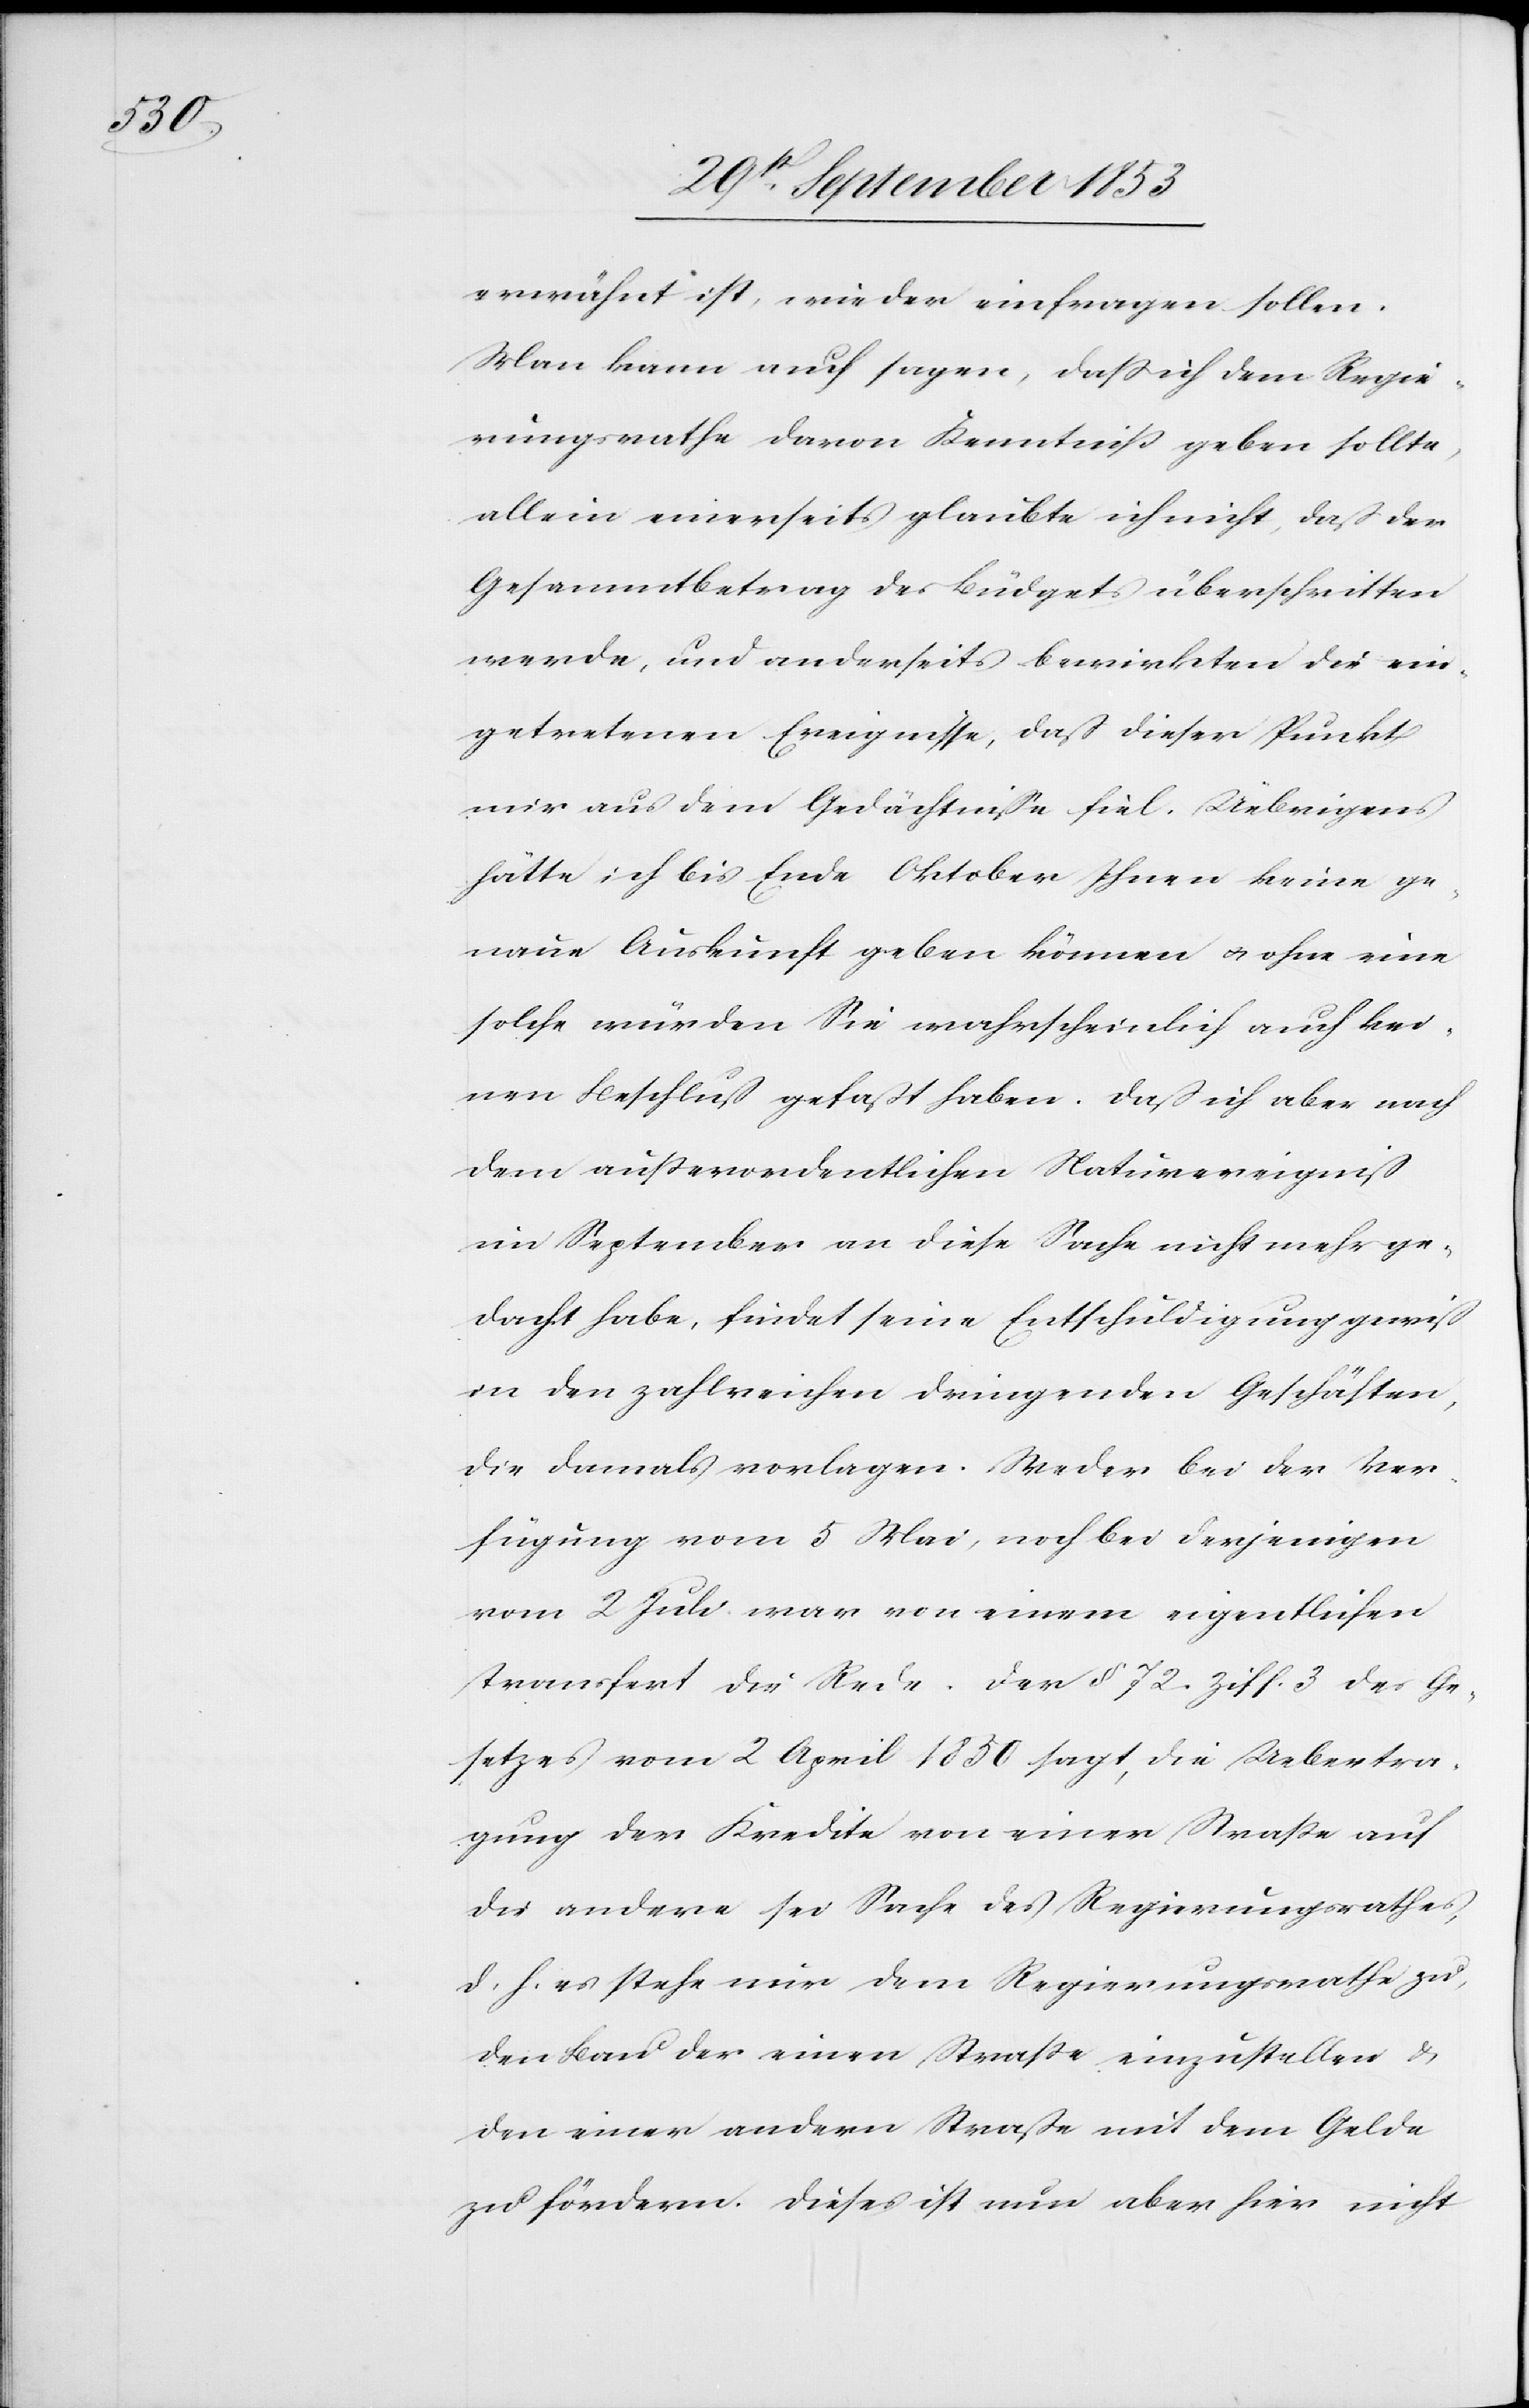
sollen.

Man kann auch sagen, daß ich dem Regie¬
rungsrathe davon Kenntniß geben sollte,
allein einerseits glaubte ich nicht, daß der
Gesammtbetrag des Büdgets überschritten
werde, und anderseits bewirkten die ein¬
getretenen Ereignisse, daß dieser Punkt
mir aus dem Gedächtniße fiel. Üebrigens
hätte ich bis Ende Oktober Ihnen keine ge¬
naue Auskunft geben können u. ohne eine
solche würden Sie wahrscheinlich auch kei¬
nen Beschluß gefaßt haben. Daß ich aber nach
dem außerordentlichen Naturereigniß
im September an diese Sache nicht mehr ge¬
dacht habe, findet seine Entschuldigung gewiß
in den zahlreichen dringenden Geschäften,
die damals vorlagen. Weder bei der Ver¬
fügung vom 5 Mai, noch bei derjenigen
vom 2 Juli war von einem eigentlichen
Transfert die Rede. Der § 72. Ziff. 3 des Ge¬
setzes vom 2 April 1830 sagt, die Uebertra¬
gung der Kredite von einer Straße auf
die andere sei Sache des Regierungsrathes,
d. h. es stehe nur dem Regierungsrathe zu,
den Bau der einen Straße einzustellen u.
den einer andern Straße mit dem Gelde
zu fördern. Dieses ist nun aber hier nicht